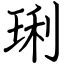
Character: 琍